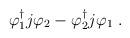
LaTeX: \begin{align*}\varphi_1^{\dag} j \varphi_2 - \varphi_2^{\dag} j \varphi_1~.\end{align*}